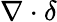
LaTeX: \nabla\cdot\delta